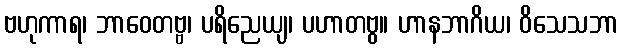
ဗဟုကာရ၊ ဘာဝေတဗ္ဗ၊ ပရိညေယျ၊ ပဟာတဗွ။ ဟာနဘာဂိယ၊ ဝိသေသဘာ